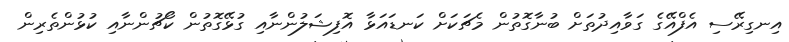
އިނގިރޭސި އެފްއޭގެ ގަވާއިދުތަށް ބުނާގޮތުން މެޗަކަށް ކަނޑައަޅާ އޮފިޝަލުންނާއި ގުޅޭގޮތުން ކޯޗުންނާއި ކުޅުންތެރިން